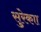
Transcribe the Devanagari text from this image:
सुरेकाा